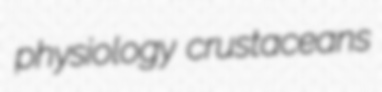
physiology crustaceans